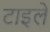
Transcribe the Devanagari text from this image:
टाइले